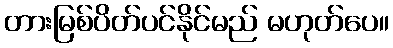
တားမြစ်ပိတ်ပင်နိုင်မည် မဟုတ်ပေ။